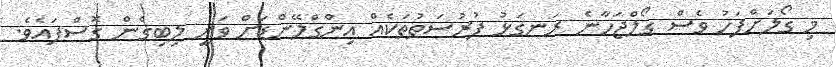
މި ގޯލަށްފަހު ވެސް ގޯލްޖަހާނެ ރަނގަޅު ފުރުސަތުތަކެއް އިންގްލޭންޑަށް ވަނީ ލިބިގެން ގޮސްފައެވެ.